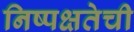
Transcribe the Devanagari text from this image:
निष्‍पक्षतेची